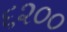
૬૨૦૦